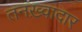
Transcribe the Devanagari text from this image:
तनख़्वादार